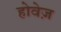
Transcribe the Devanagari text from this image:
होवेज़